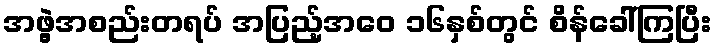
အဖွဲ့အစည်းတရပ် အပြည့်အဝေ ၁၆နှစ်တွင် စိန်ခေါ်ကြပြီး